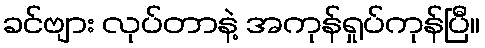
ခင်ဗျား လုပ်တာနဲ့ အကုန်ရှုပ်ကုန်ပြီ။